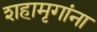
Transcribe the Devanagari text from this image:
शहामृगांना